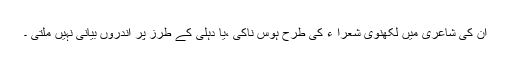
ان کی شاعری میں لکھنؤی شعرا ء کی طرح ہوس ناکی ،یا دہلی کے طرز پر اندروں بیانی نہیں ملتی ۔